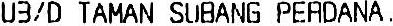
U3/D TAMAN SUBANG PERDANA,